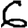
Digit: 6